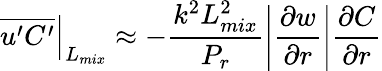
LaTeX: \left.\overline{{u^{\prime}C^{\prime}}}\right|_{L_{mix}}\approx-\frac{k^{2}L_{mix}^{2}}{P_{r}}\left|\frac{\partial w}{\partial r}\right|\frac{\partial C}{\partial r}